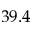
3 9 . 4